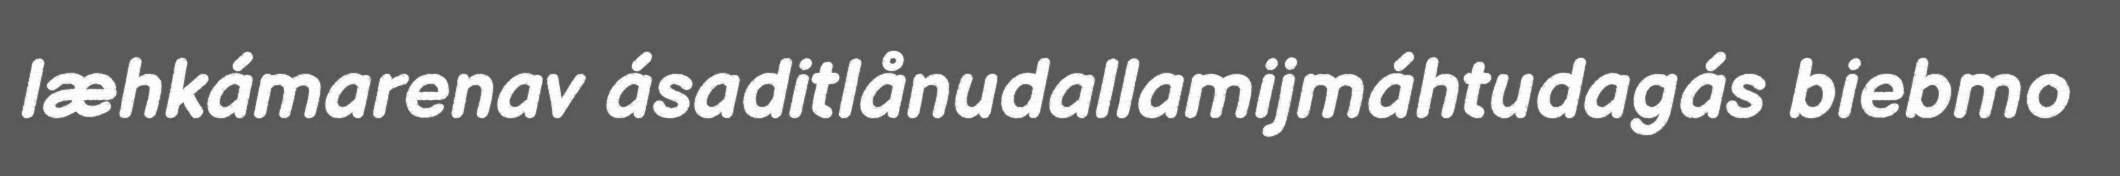
læhkámarenav ásaditlånudallamijmáhtudagás biebmo